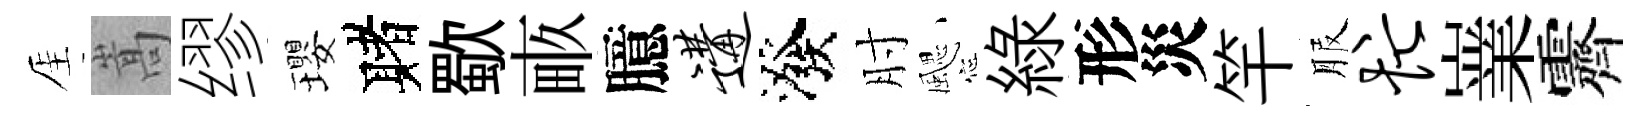
厓嵩缪瓔赌歜畞臆遘潑肘颸綠形災竿服忙嶪霽